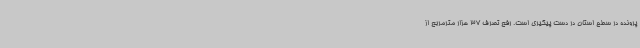
پرونده در سطح استان در دست پیگیری است. رفع تصرف 37 هزار مترمربع از